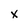
Character: x